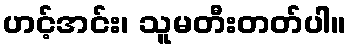
ဟင့်အင်း၊ သူမတီးတတ်ပါ။